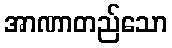
အာဏာတည်သော